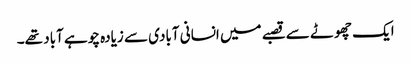
ایک چھوٹے سے قصبے میں انسانی آبادی سے زیادہ چوہے آباد تھے۔